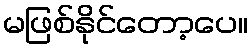
မဖြစ်နိုင်တော့ပေ။